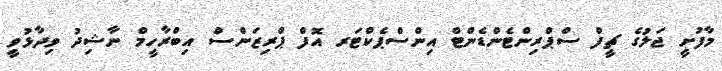
މާފުށީ ޖަލުގެ ޗީފް ސްޕްރިންޓެންޑެންޓް އިންސްޕެކްޓަރ އޮފް ޕްރިޒަންސް އިބްރާހީމް ނާޝިދު ވިދާޅުވީ